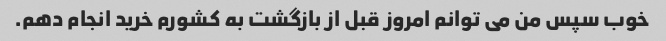
خوب سپس من می توانم امروز قبل از بازگشت به کشورم خرید انجام دهم.